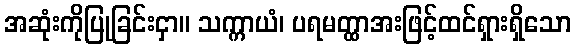
အဆုံးကိုပြုခြင်းငှာ။ သက္ကာယံ၊ ပရမတ္ထာအးဖြင့်ထင်ရှားရှိသော